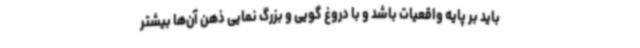
باید بر پایه واقعیات باشد و با دروغ گویی و بزرگ نمایی ذهن آن‌ها بیشتر